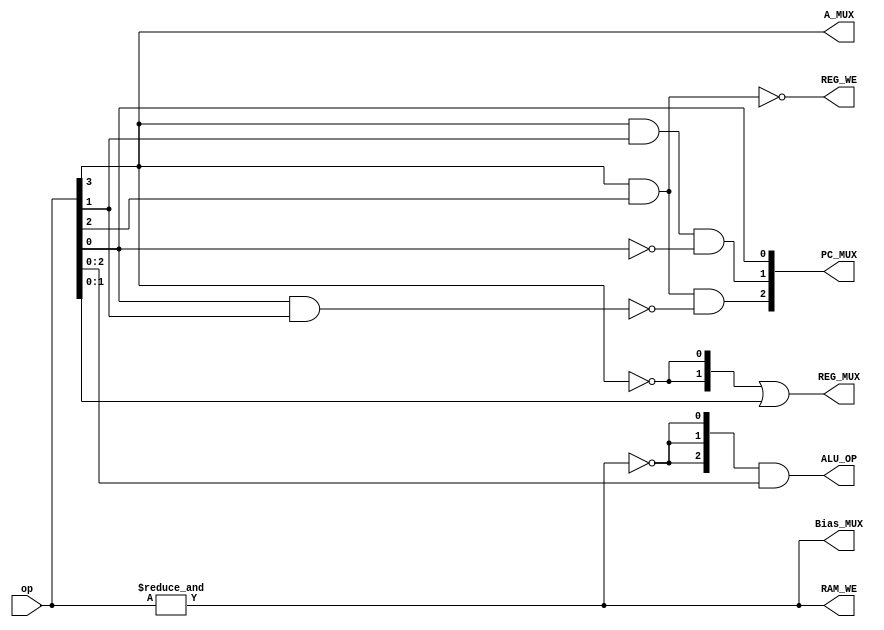
`timescale 1ps/1ps
module decoder (input [3:0] op,
                output [2:0] PC_MUX,
                output Bias_MUX,
                output REG_WE,
                output [1:0] REG_MUX,
                output A_MUX,
                output [2:0] ALU_OP,
                output RAM_WE);
    
    assign PC_MUX[0] = op[0];
    assign PC_MUX[1] = op[3] & op[1] & ~op[0];
    assign PC_MUX[2] = op[3] & op[2] & ~(op[0] & op[1]);

    assign Bias_MUX = &op;

    assign REG_WE = ~(op[2] & op[3]);

    assign REG_MUX = {~op[3], ~op[3]} | op[1:0];

    assign A_MUX = op[3];

    assign ALU_OP = {~&op, ~&op, ~&op} & op[2:0];

    assign RAM_WE = &op;

endmodule